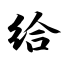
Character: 给